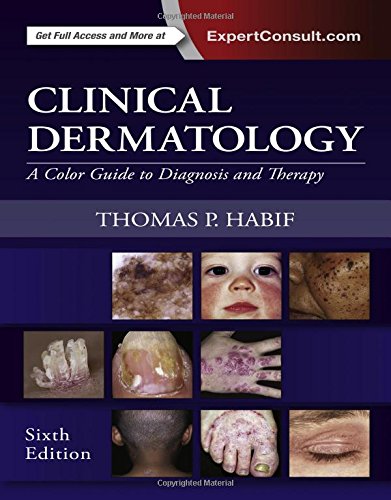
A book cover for Clinical Dermatology: A Color Guide to Diagnosis and Therapy, 6e; Thomas P. Habif MD; Medical Books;